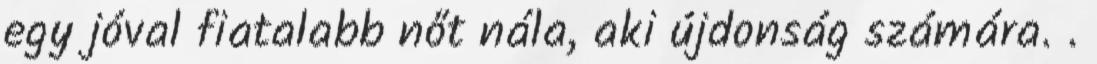
egy jóval fiatalabb nőt nála, aki újdonság számára. .